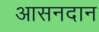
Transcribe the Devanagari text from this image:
आसनदान